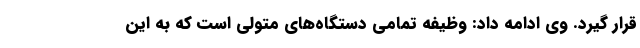
قرار گیرد. وی ادامه داد: وظیفه تمامی دستگاه‌های متولی است که به این